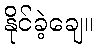
နိုင်ခဲ့ချေ။